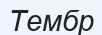
Тембр